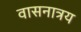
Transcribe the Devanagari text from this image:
वासनात्रय